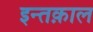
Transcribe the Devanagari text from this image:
इन्तक़ाल